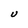
Character: U